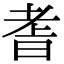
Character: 𮋝